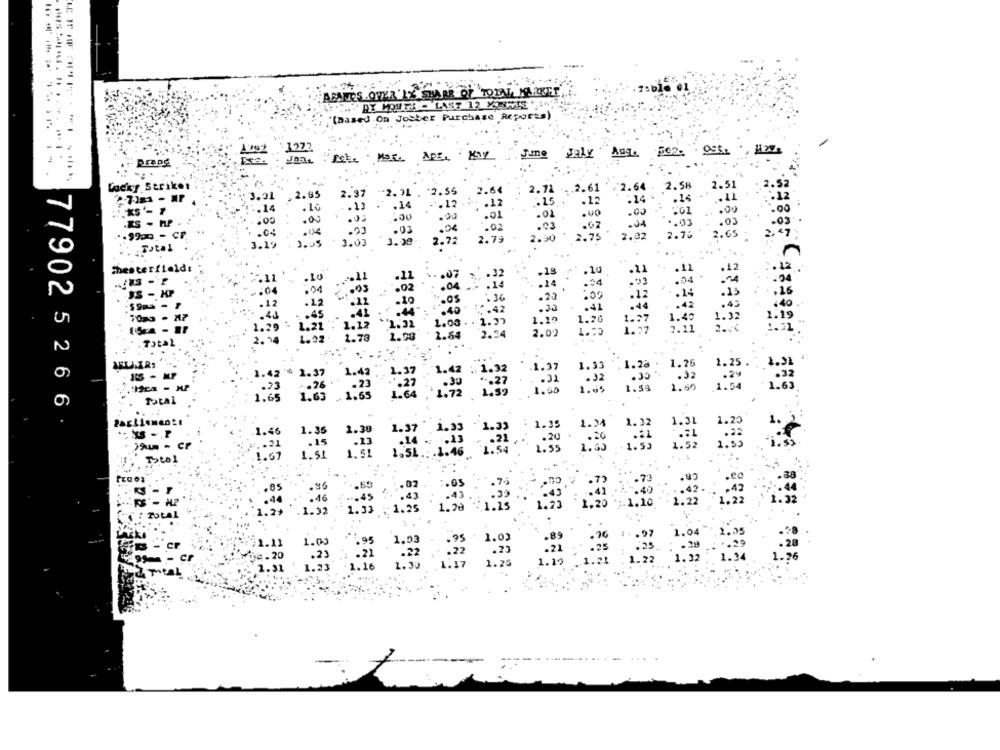
AENTOS OFER '1X SHARK OF TOTAL, MARKET
BY MOUTH- LAST 12 XTIME 14
"(Based On Josber Purchase Reports)
. ...
Jaly
pe2.
Lucky Striket
2.71
.2.61
2. 5B
2.37
"2. 3L
2.55
2.64
2.64
2.5
3.31
:15
.13
.14
.14
1.12
:: . 12
: 24
.0
:00
.01
.02
.VO
.00
.RS - HP
.03
.62
: 03
.03
.02
".99ao - CF
3.00
2.79
2.30
2.75
2,32
2. 78
.65
Total
3.19
1.03
Chesterfield:
.11
.07
.10
.21
. 42
.24
.34
04
.JS - KP
-: 00
.04
.04 .
: 36
.20
:00
. 12
: 14
.12
. 12
.05
:40
.42
:53
.41
.44
7073 - 77
1.10
1.26
1.43
1.32
2.19
2.32
1. 08 . 1 . 37
2.00
2.54
2.54
2.02
7.11
1.92
1.42 % 1.37
.32
1.2a :
1.2
.92
1.43
. 23
:33
1.59
1.63
1.65
.26
Total
77902 5 2 6 6
2 . 31
1.46
1.35
1.38
1.35
-21
. 15
1:39
1.52
. 85
.96
: 42
1.32
Total
. ??
CP
1.03
- cr
94 . 20
: 25
1.55
1.25